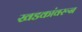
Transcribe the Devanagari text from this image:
खडकांवरून